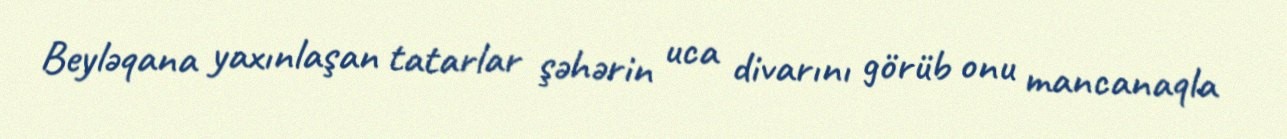
Beyləqana yaxınlaşan tatarlar şəhərin uca divarını görüb onu mancanaqla